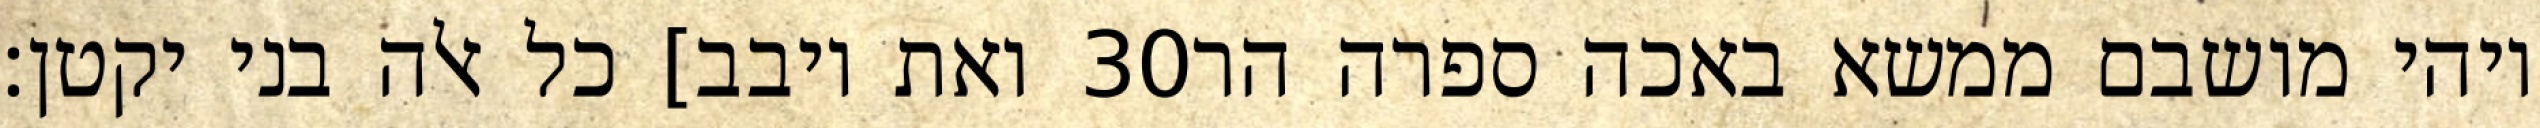
ואת יובב] כל אלה בני יקטן׃ ‎30‏ ויהי מושבם ממשא באכה ספרה הר